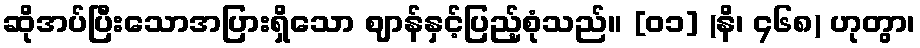
ဆိုအပ်ပြီးသောအပြားရှိသော ဈာန်နှင့်ပြည့်စုံသည်။ [၀၁] (နိ၊ ၄၆၈) ဟုတွာ၊